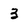
Character: 3